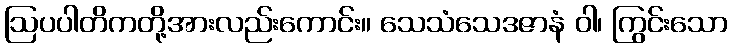
ဩပပါတိကတို့အားလည်းကောင်း။ သေသံသေဒဇာနံ ဝါ၊ ကြွင်းသော